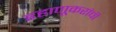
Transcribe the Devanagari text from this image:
डहाणूकरांची